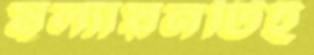
মূল্যায়নটিই